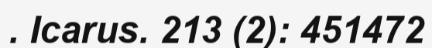
. Icarus. 213 (2): 451472